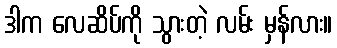
ဒါက လေဆိပ်ကို သွားတဲ့ လမ်း မှန်လား။